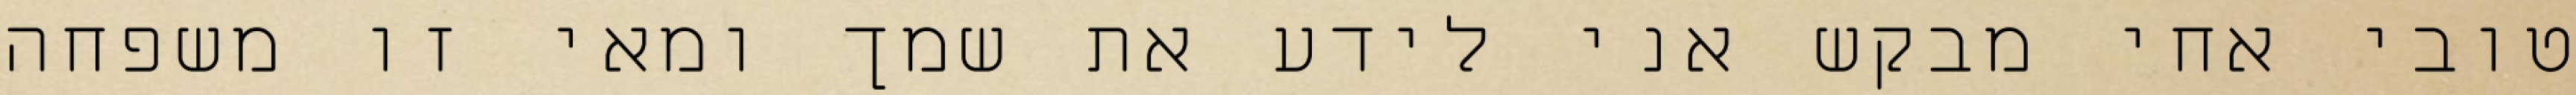
טובי אחי מבקש אני לידע את שמך ומאי זו משפחה